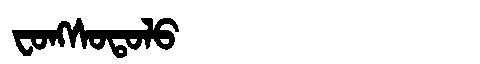
Manchu: ᠸᠣᠩᠰᠣᡨᠣᠯᠣ
Romanization: FONGSOTOLO